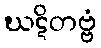
ဃဋိတဗ္ဗံ